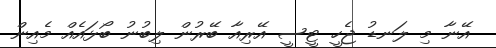
އޭނާ މި ލަނޑު ޖެހީ ޓީސީ އޭރިއާ ބޭރުން ލިބުނު ބޯޅައެއް މެއިން